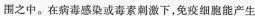
围之中。在病毒感染或毒素刺激下，免疫细胞能产生